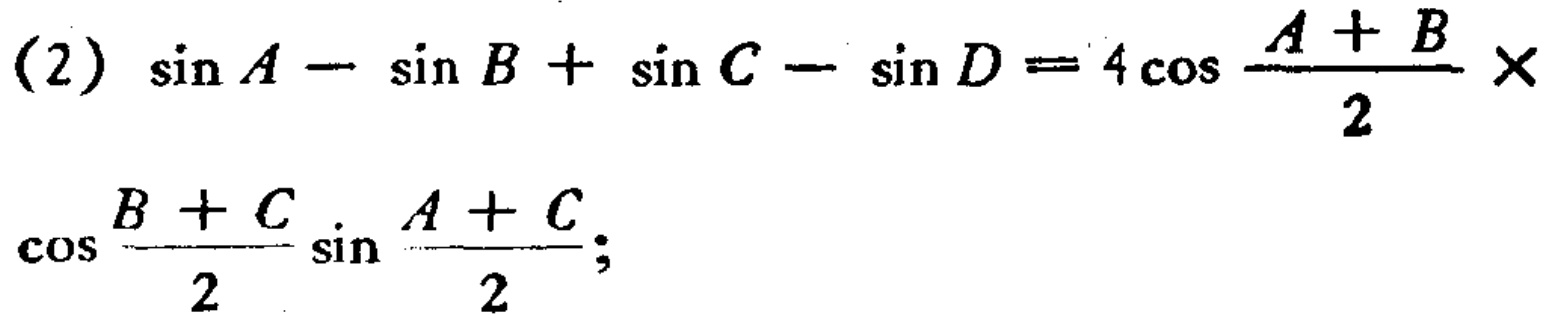
(2) \(\sin A - \sin B + \sin C - \sin D = 4\cos\frac{A + B}{2}\times\cos\frac{B + C}{2}\sin\frac{A + C}{2}\);